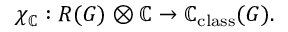
\chi _ { \mathbb { C } } : R ( G ) \otimes \mathbb { C } \to \mathbb { C } _ { \mathrm { c l a s s } } ( G ) .